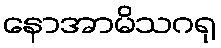
နောအာမိသဂရု